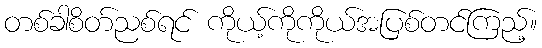
တစ်ခါစိတ်ညစ်ရင် ကိုယ့်ကိုကိုယ်အပြစ်တင်ကြည့်။